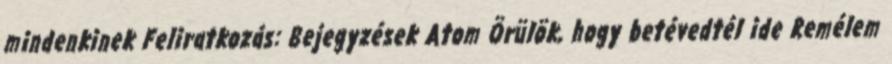
mindenkinek Feliratkozás: Bejegyzések Atom Örülök, hogy betévedtél ide Remélem